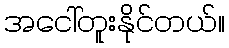
အငေါ်တူးနိုင်တယ်။